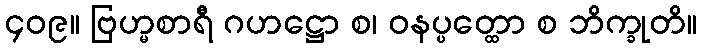
၄၀၉။ ဗြဟ္မစာရီ ဂဟဋ္ဌော စ၊ ဝနပ္ပတ္ထော စ ဘိက္ခုတိ။